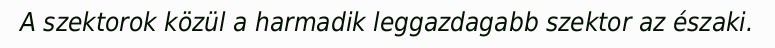
A szektorok közül a harmadik leggazdagabb szektor az északi.